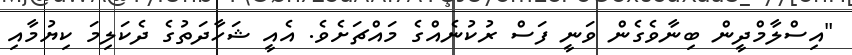
"އިސްލާމްދީން ބިނާވެގެން ވަނީ ފަސް ރުކުނެއްގެ މައްޗަށެވެ. އެއީ ޝަހާދަތުގެ ދެކަލިމަ ކިޔުމާއި